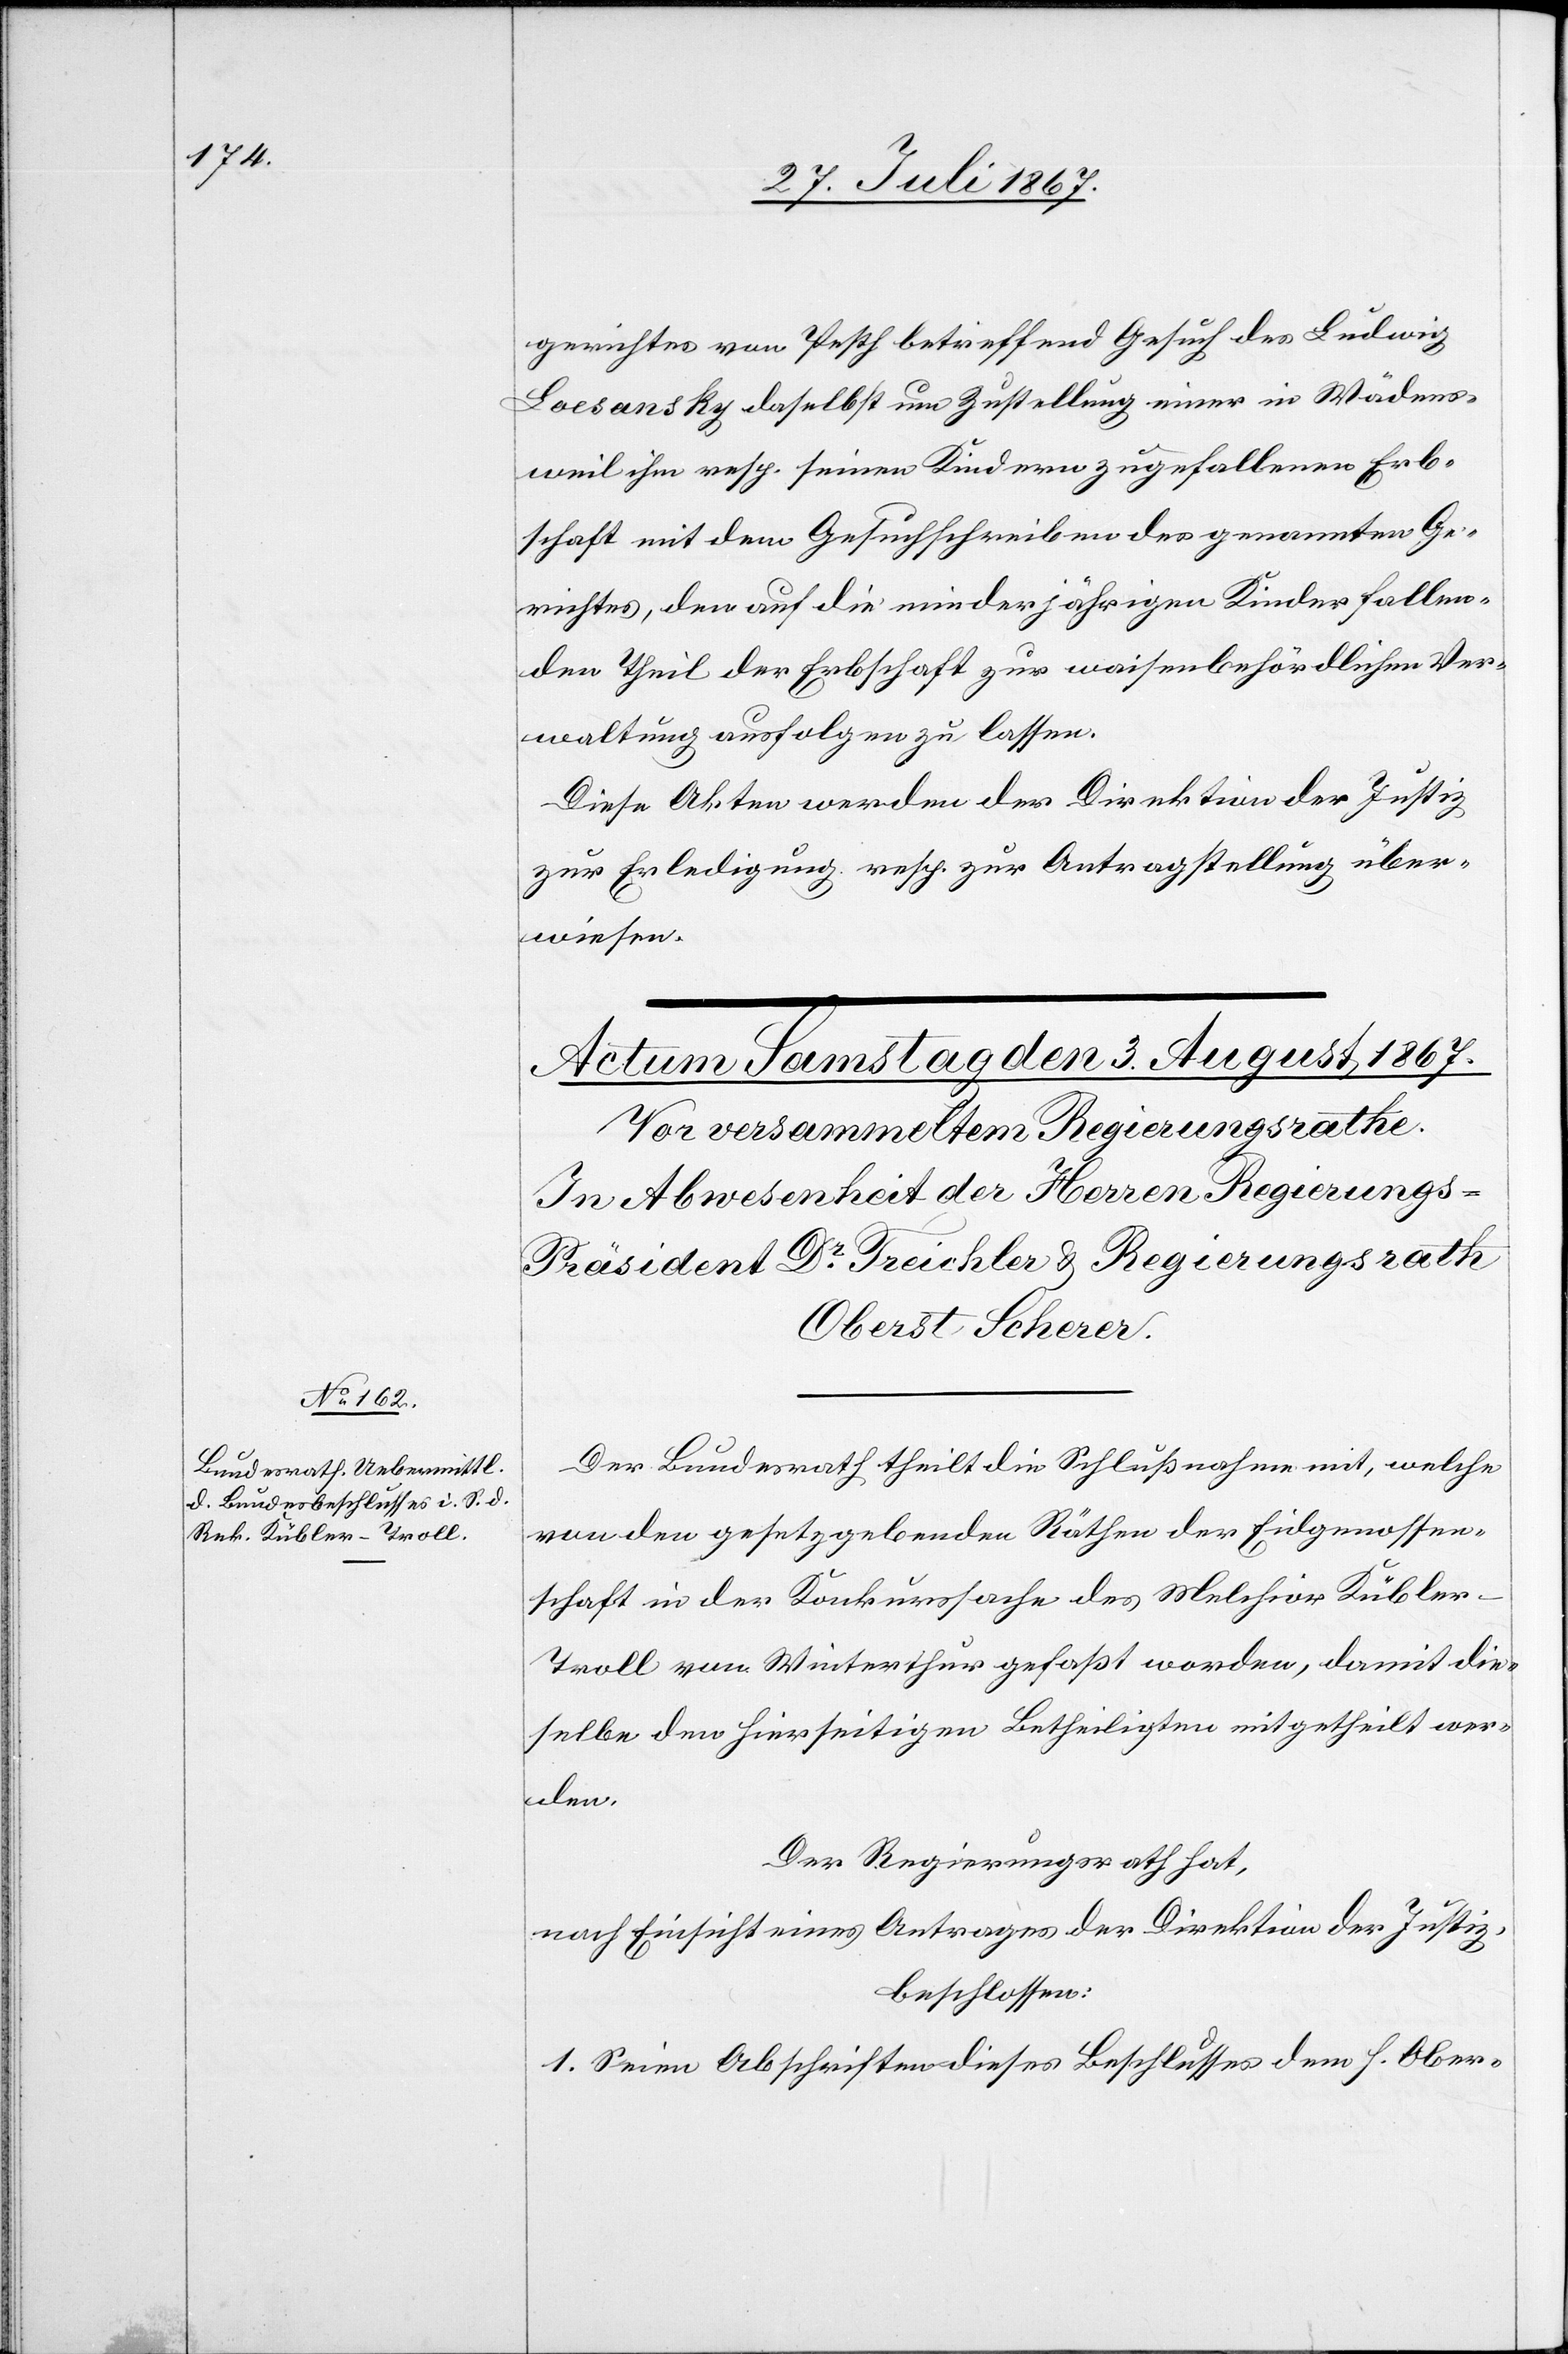
gerichtes von Pesth betreffend Gesuch des Ludwig
Loesansky daselbst um Zustellung einer in Wädens¬
weil ihm resp. seinen Kindern zugefallenen Erb¬
schaft mit dem Gesuchschreiben des genannten Ge¬
richtes, den auf die minderjährigen Kinder fallen¬
den Theil der Erbschaft zur waisenbehördlichen Ver¬
waltung ausfolgen zu lassen.
Diese Akten werden der Direktion der Justiz
zur Erledigung resp. zur Antragstellung über¬
wiesen.
Der Bundesrath theilt die Schlußnahme mit, welche
von den gesetzgebenden Räthen der Eidgenossen¬
schaft in der Konkurssache des Melchior Kübler-T¬
roll von Winterthur gefaßt worden, damit die¬
selbe den hierseitigen Betheiligten mitgetheilt wer¬
den.
Der Regierungsrath hat,
nach Einsicht eines Antrages der Direktion der Justiz,
beschlossen:
1. Seien Abschriften dieses Beschlusses dem h. Ober-